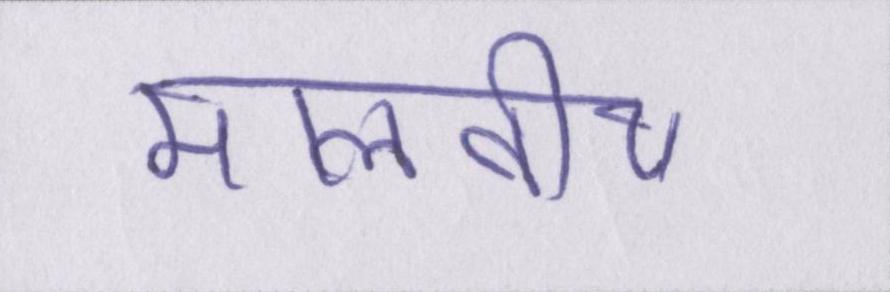
मालवीय